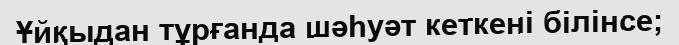
Ұйқыдан тұрғанда шәһуәт кеткені білінсе;